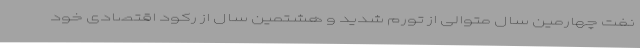
نفت چهارمین سال متوالی از تورم شدید و هشتمین سال از رکود اقتصادی خود